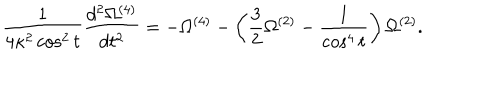
\frac { 1 } { 4 \kappa ^ { 2 } \cos ^ { 2 } { t } } \frac { d ^ { 2 } \Omega ^ { ( 4 ) } } { d t ^ { 2 } } = - \Omega ^ { ( 4 ) } - \left( \frac { 3 } { 2 } \Omega ^ { ( 2 ) } - \frac { 1 } { \cos ^ { 4 } { t } } \right) \Omega ^ { ( 2 ) } .